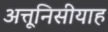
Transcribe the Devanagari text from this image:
अत्तूनिसीयाह